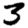
Digit: 3